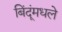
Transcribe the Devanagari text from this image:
बिंदूंमधले